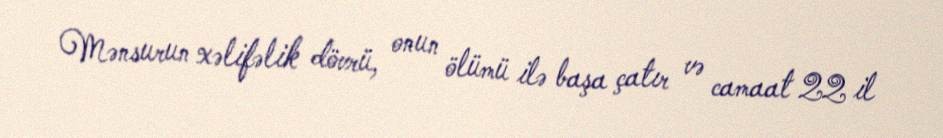
Mənsurun xəlifəlik dövrü, onun ölümü ilə başa çatır və camaat 22 il